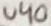
Text: U40